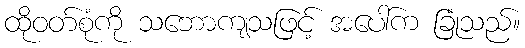
ထိုဝတ်စုံကို သဘောကျသဖြင့် အပေါ်က ခြုံသည်။